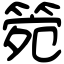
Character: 箢